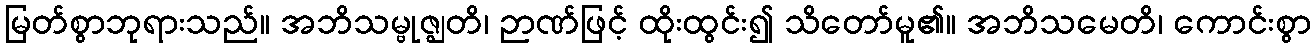
မြတ်စွာဘုရားသည်။ အဘိသမ္ဗုဇ္ဈတိ၊ ဉာဏ်ဖြင့် ထိုးထွင်း၍ သိတော်မူ၏။ အဘိသမေတိ၊ ကောင်းစွာ